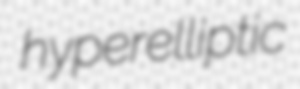
hyperelliptic